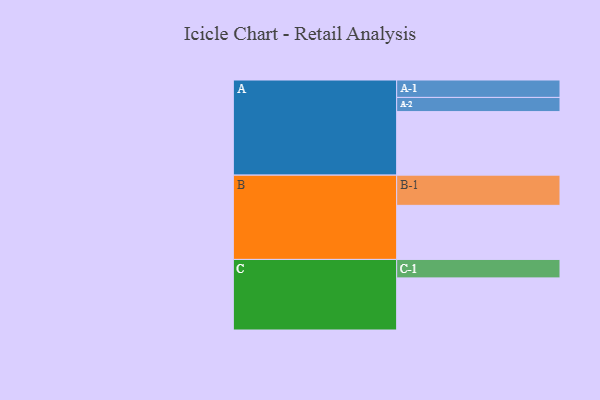
{"axis": {"x": "Segment", "y": "Value"}, "legend": ["", "A", "B", "C"], "data": [{"x": "A", "y": 551, "type": ""}, {"x": "B", "y": 469, "type": ""}, {"x": "C", "y": 452, "type": ""}, {"x": "A-1", "y": 151, "type": "A"}, {"x": "A-2", "y": 123, "type": "A"}, {"x": "B-1", "y": 262, "type": "B"}, {"x": "C-1", "y": 160, "type": "C"}]}